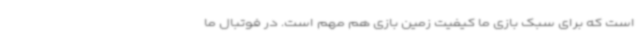
است که برای سبک بازی ما کیفیت زمین بازی هم مهم است. در فوتبال ما